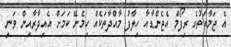
އެ ޖަމާއަތުގެ ރިފޯމް އެޖެންޑާއާ ހިލާފު މާއްދާތަކެއް ހިމެނޭ ކަމަށް އެއިދާރާއިން ވަނީ